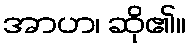
အာဟ၊ ဆို၏။